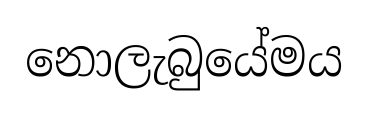
නොලැබුයේමය